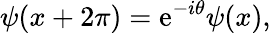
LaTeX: \psi(x+2\pi)=\mathrm{e}^{-i\theta}\psi(x),